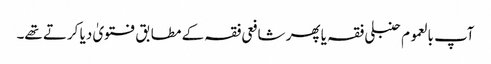
آپ بالعموم حنبلی فقہ یا پھر شافعی فقہ کے مطابق فتویٰ دیا کرتے تھے۔